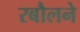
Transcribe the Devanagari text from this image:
रबौलने